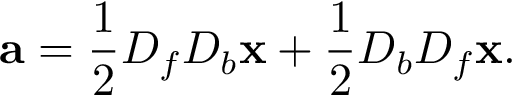
{ \bf a } = \frac { 1 } { 2 } D _ { f } D _ { b } { \bf x } + \frac { 1 } { 2 } D _ { b } D _ { f } { \bf x } .